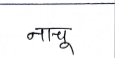
मजकूर: नाचू